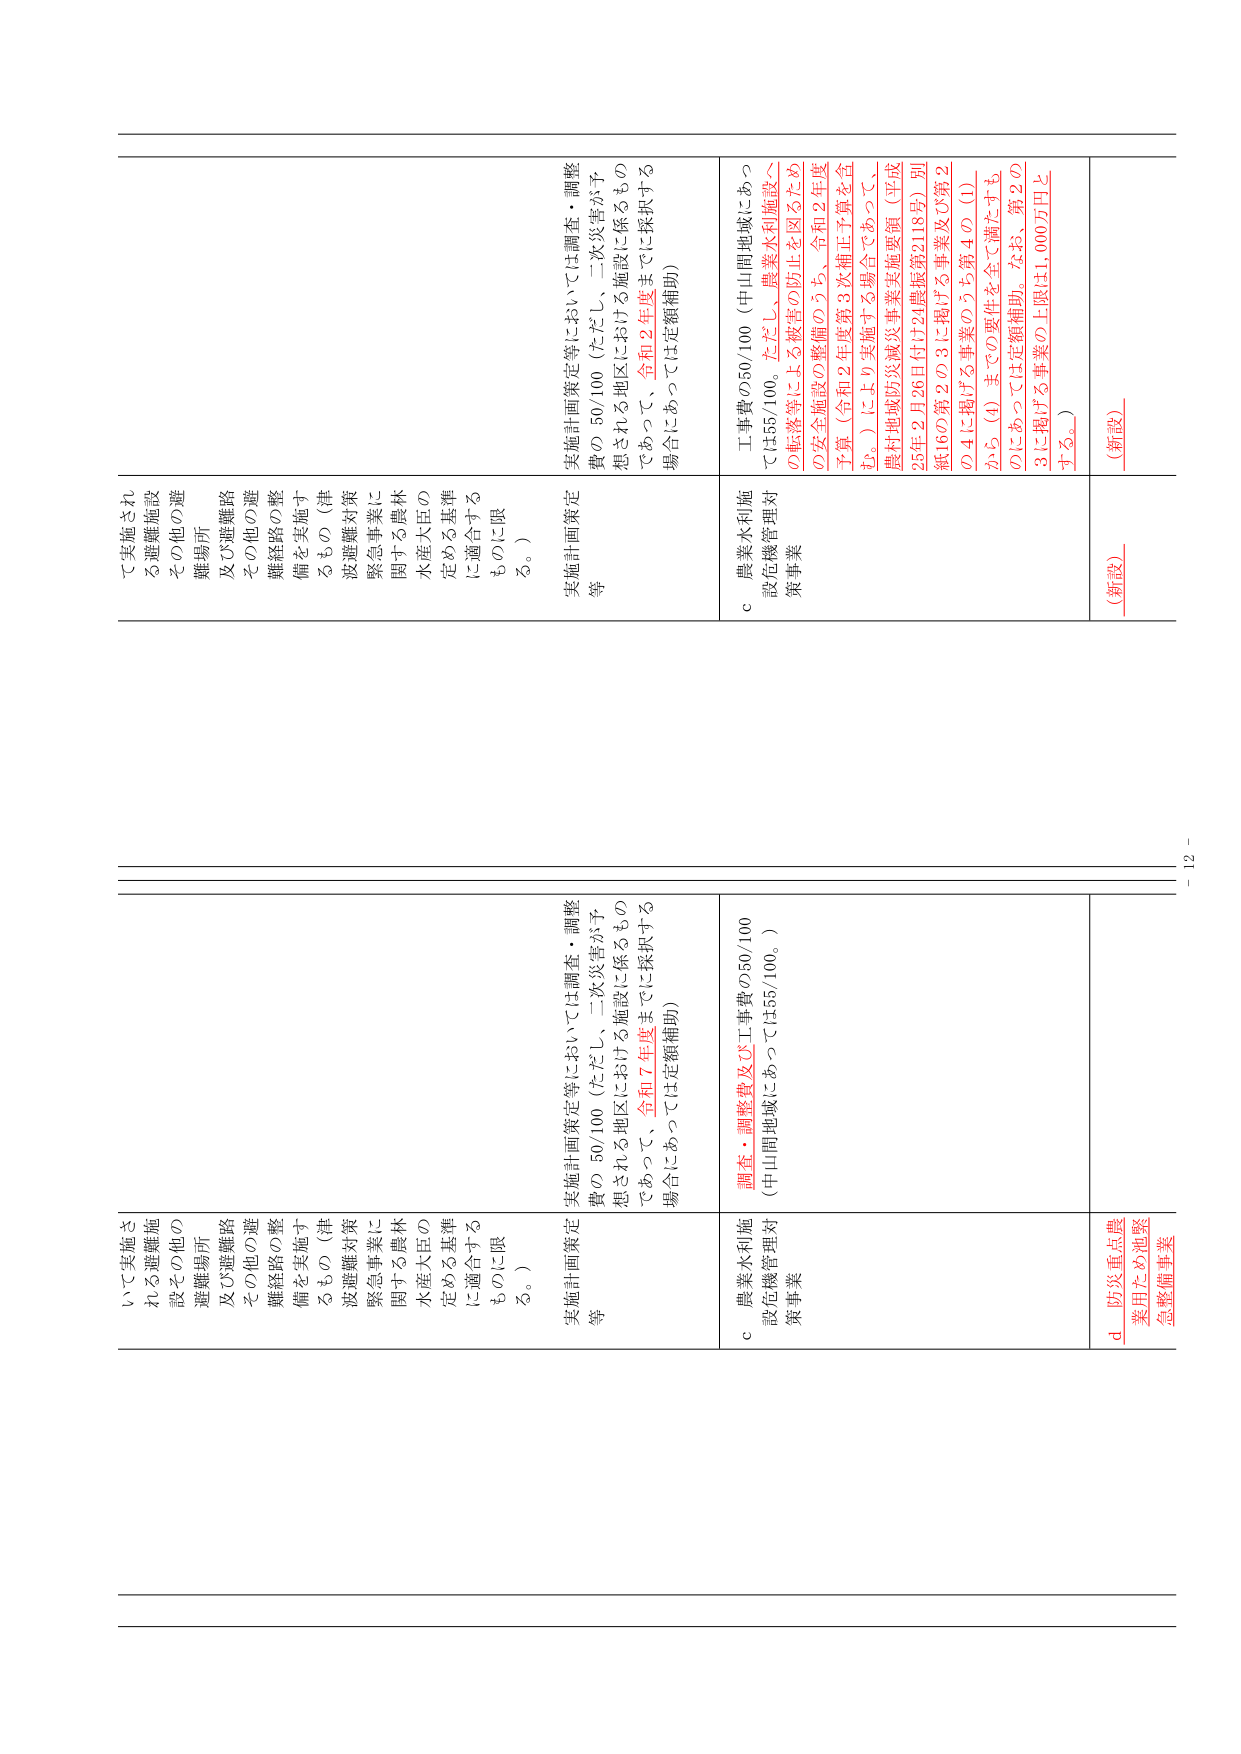
いて実施される避難施設その他の避難場所及び避難路その他の避難経路の整備を実施するもの（津波避難対策緊急事業に関する農林水産大臣の定める基準に適合するものに限る。）

実施計画策定等
実施計画策定等においては調査・調整費の50/100（ただし、二次災害が予想される地区における施設に係るものであって、令和7年度までは採択する場合にあっては定額補助）

ｃ 農業水利施設危機管理対策事業
調査・調整費及び工事費の50/100（中山間地域にあっては55/100。）

ｄ 防災重点農業用ため池緊急整備事業
（新設）

て実施される避難施設その他の避難場所及び避難路その他の避難経路の整備を実施するもの（津波避難対策緊急事業に関する農林水産大臣の定める基準に適合するものに限る。）

実施計画策定等
実施計画策定等においては調査・調整費の50/100（ただし、二次災害が予想される地区における施設に係るものであって、令和2年度までは採択する場合にあっては定額補助）

ｃ 農業水利施設危機管理対策事業
工事費の50/100（中山間地域にあっては55/100。ただし、農業水利施設への転落等による被害の防止を図るための安全施設の整備のうち、令和2年度予算（令和2年度第3次補正予算を含む。）により実施する場合であって、農村地域防災減災事業実施要領（平成25年2月26日付け24農振第2118号）別紙16の第2の3に掲げる事業及び第2の4に掲げる事業のうち第4の(1)から(4)までの要件を全て満たすものにあっては定額補助。なお、第2の3に掲げる事業の上限は1,000万円とする。）

（新設）

－ 12 －